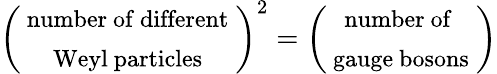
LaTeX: \left(\begin{array}{c}{{\mathrm{{\small~number~of~different}~}}}\\ {{\mathrm{{\small~Weyl~particles}~}}}\end{array}\right)^{2}=\left(\begin{array}{c}{{\mathrm{{\small~number~of~}~}}}\\ {{\mathrm{{\small~gauge~bosons}~}}}\end{array}\right)